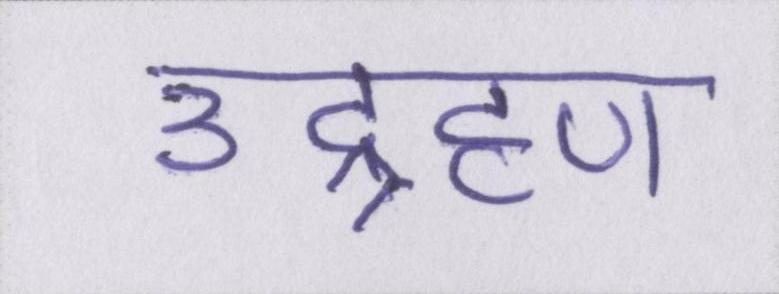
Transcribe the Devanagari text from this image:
उद्ग्रहण